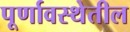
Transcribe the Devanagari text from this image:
पूर्णावस्थेतील